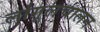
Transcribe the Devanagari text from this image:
लांगूलचालन